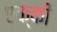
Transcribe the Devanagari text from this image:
एक्की